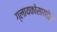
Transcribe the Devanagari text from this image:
ग्लायकोसायडेझ